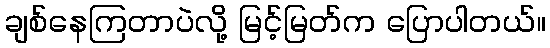
ချစ်နေကြတာပဲလို့ မြင့်မြတ်က ပြောပါတယ်။